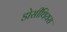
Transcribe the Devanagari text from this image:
डोसीथियस